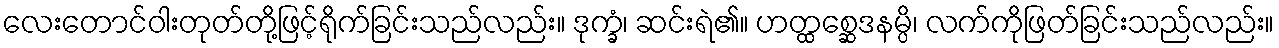
လေးတောင်ဝါးတုတ်တို့ဖြင့်ရိုက်ခြင်းသည်လည်း။ ဒုက္ခံ၊ ဆင်းရဲ၏။ ဟတ္ထစ္ဆေဒနမ္ပိ၊ လက်ကိုဖြတ်ခြင်းသည်လည်း။